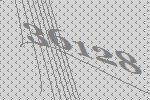
36128